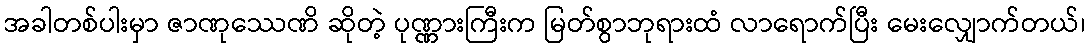
အခါတစ်ပါးမှာ ဇာဏုဿေဏိ ဆိုတဲ့ ပုဏ္ဏားကြီးက မြတ်စွာဘုရားထံ လာရောက်ပြီး မေးလျှောက်တယ်၊